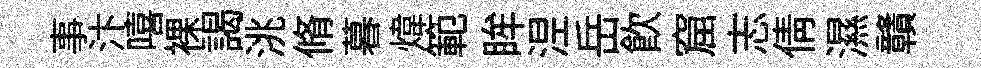
事汴嘻裸謁洮脩暮煒範眸𣵀岳飲窟志倩濕贛